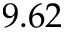
9 . 6 2